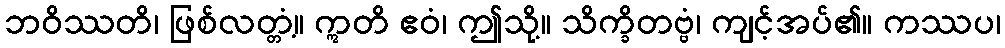
ဘဝိဿတိ၊ ဖြစ်လတ္တံ့။ ဣတိ ဧဝံ၊ ဤသို့။ သိက္ခိတဗ္ဗံ၊ ကျင့်အပ်၏။ ကဿပ၊